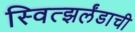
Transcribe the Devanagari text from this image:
स्वित्झर्लंडाची